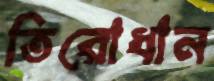
তিরোধান